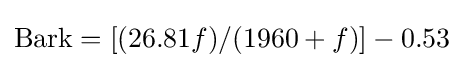
{\text{Bark}}=[(26.81f)/(1960+f)]-0.53